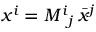
x ^ { i } = { M ^ { i } { } _ { j } } \, { \bar { x } } ^ { j }